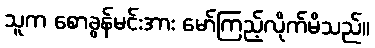
သူက စောခွန်မင်းအား မော်ကြည့်လိုက်မိသည်။